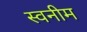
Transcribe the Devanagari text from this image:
स्वनीम